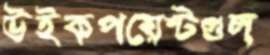
উইকপয়েন্টগুল